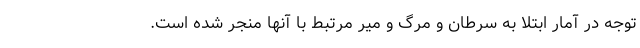
توجه در آمار ابتلا به سرطان و مرگ و میر مرتبط با آنها منجر شده است.